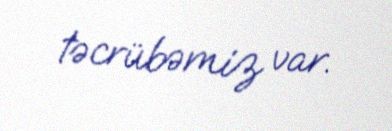
təcrübəmiz var.